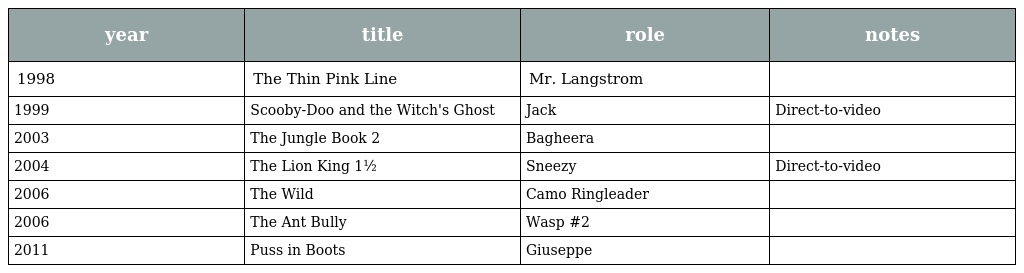
| year | title | role | notes |
 | --- | --- | --- | --- |
 | 1998 | The Thin Pink Line | Mr. Langstrom |  |
 | 1999 | Scooby-Doo and the Witch's Ghost | Jack | Direct-to-video |
 | 2003 | The Jungle Book 2 | Bagheera |  |
 | 2004 | The Lion King 1½ | Sneezy | Direct-to-video |
 | 2006 | The Wild | Camo Ringleader |  |
 | 2006 | The Ant Bully | Wasp #2 |  |
 | 2011 | Puss in Boots | Giuseppe |  |